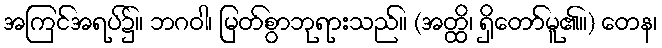
အကြင်အရပ်၌။ ဘဂဝါ၊ မြတ်စွာဘုရားသည်။ (အတ္ထိ၊ ရှိတော်မူ၏။) တေန၊